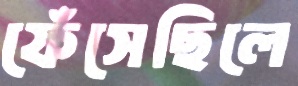
ফেঁসেছিলে